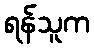
ရန်သူက